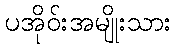
ပအိုဝ်းအမျိုးသား